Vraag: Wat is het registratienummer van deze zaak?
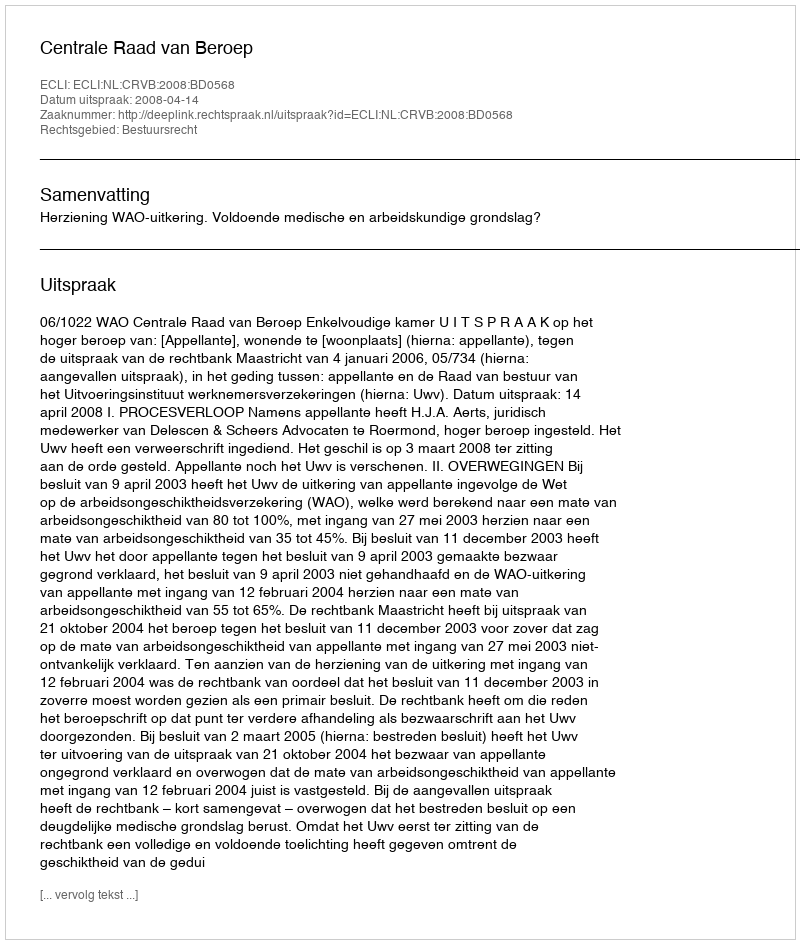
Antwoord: http://deeplink.rechtspraak.nl/uitspraak?id=ECLI:NL:CRVB:2008:BD0568